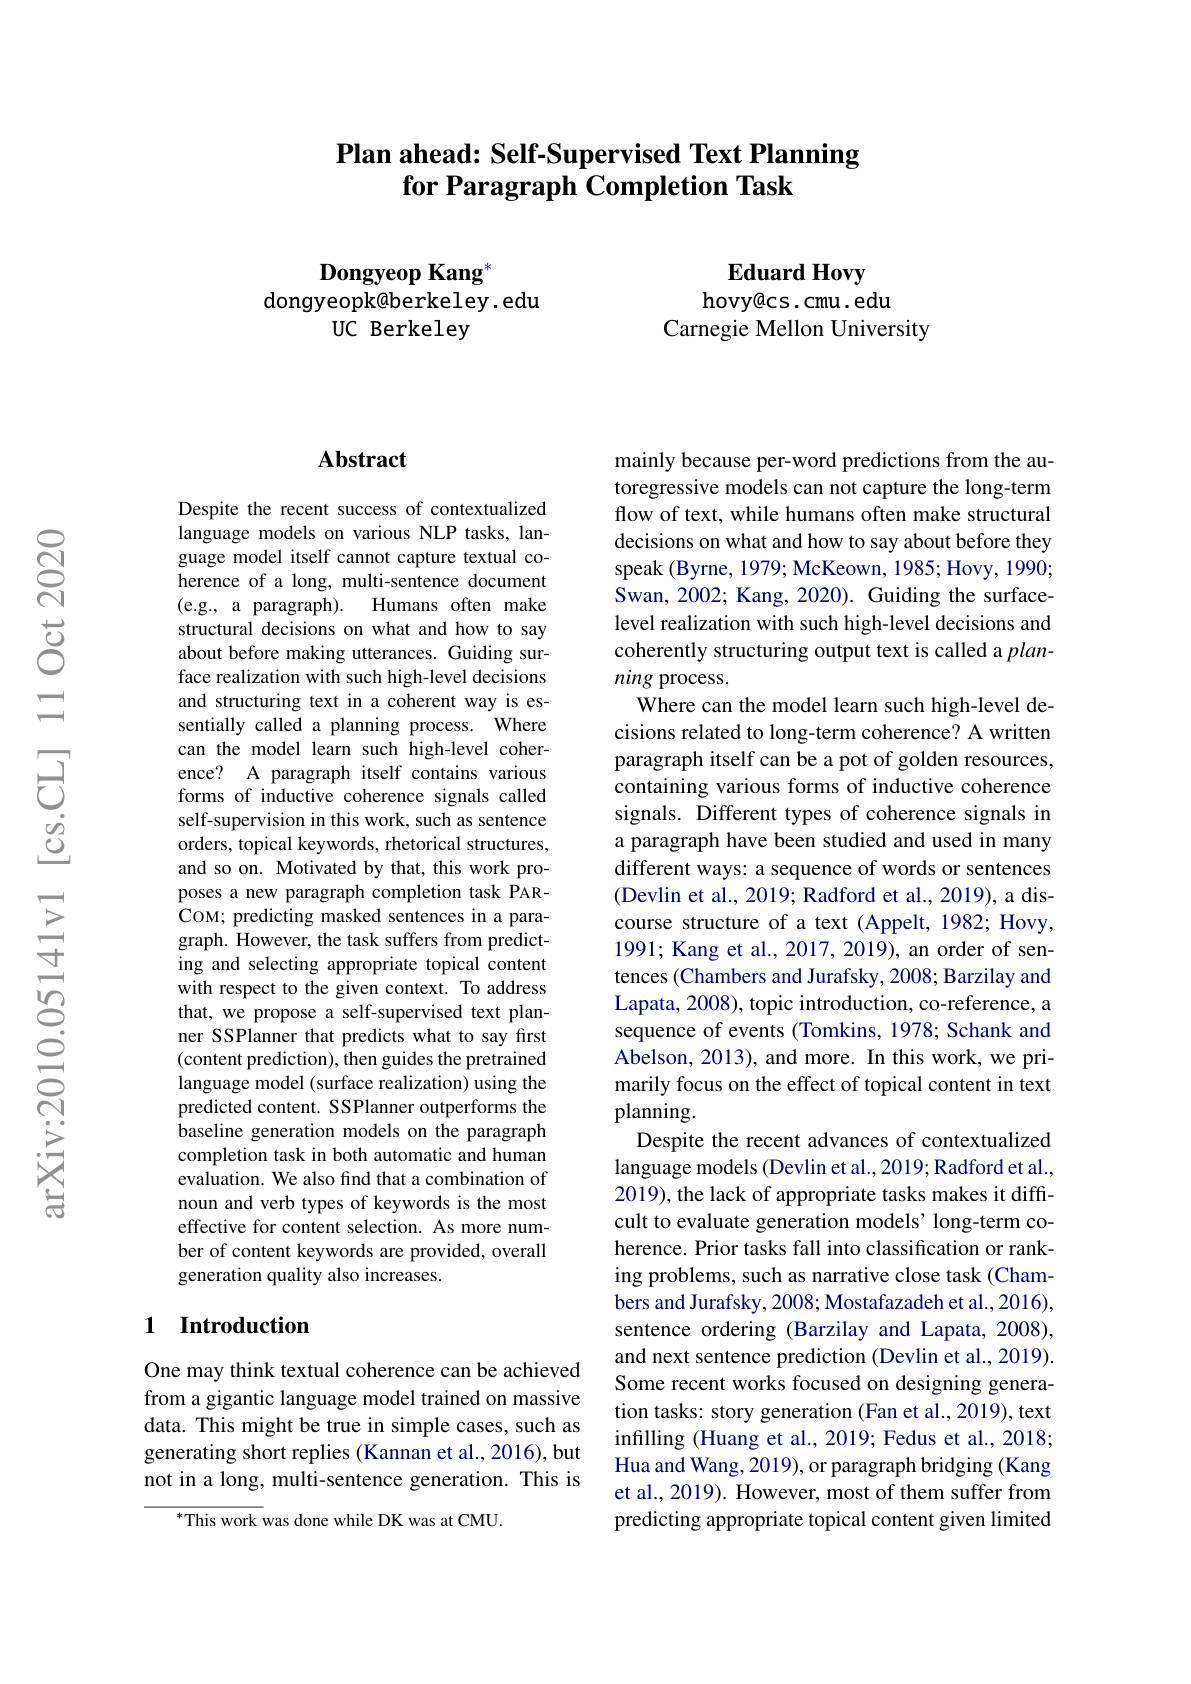
# Plan ahead: Self-Supervised Text Planning for Paragraph Completion Task

Dongyeop Kang$^*$
dongyeopk@berkeley. edu
UC Berkeley

Eduard Hovy
hovy@cs.cmu.edu
Carnegie Mellon University

### $\mathbf{Abstract}$

Despite the recent success of contextualized language models on various NLP tasks, language model itself cannot capture textual coherence of a long, multi-sentence document (e.g., a paragraph). Humans often make structural decisions on what and how to say about before making utterances. Guiding surface realization with such high-level decisions and structuring text in a coherent way is essentially called a planning process. Where can the model learn such high-level coherence? A paragraph itself contains various forms of inductive coherence signals called self-supervision in this work, such as sentence orders, topical keywords, rhetorical structures, and so on. Motivated by that, this work proposes a new paragraph completion task PARCOM; predicting masked sentences in a paragraph. However, the task suffers from predicting and selecting appropriate topical content with respect to the given context. To address that, we propose a self-supervised text planner SSPlanner that predicts what to say first (content prediction), then guides the pretrained language model (surface realization) using the predicted content. SSPlanner outperforms the baseline generation models on the paragraph completion task in both automatic and human evaluation. We also find that a combination of noun and verb types of keywords is the most effective for content selection. As more number of content keywords are provided, overall generation quality also increases.

## 1 Introduction

One may think textual coherence can be achieved from a gigantic language model trained on massive data. This might be true in simple cases, such as generating short replies (Kannan et al., 2016), but not in a long, multi-sentence generation. This is

$^{*}$This work was done while DK was at CMU.

mainly because per-word predictions from the autoregressive models can not capture the long-term flow of text, while humans often make structural decisions on what and how to say about before they speak (Byrne, 1979; McKeown, 1985; Hovy, 1990; Swan, 2002; Kang, 2020). Guiding the surfacelevel realization with such high-level decisions and coherently structuring output text is called a $plan-$ ning process.
Where can the model learn such high-level decisions related to long-term coherence? A written paragraph itself can be a pot of golden resources, containing various forms of inductive coherence signals. Different types of coherence signals in a paragraph have been studied and used in many different ways: a sequence of words or sentences (Devlin et al., 2019; Radford et al., 2019), a discourse structure of a text (Appelt, 1982; Hovy, 1991; Kang et al., 2017, 2019), an order of sentences (Chambers and Jurafsky, 2008; Barzilay and Lapata, 2008), topic introduction, co-reference, a sequence of events (Tomkins, 1978; Schank and Abelson, 2013), and more. In this work, we primarily focus on the effect of topical content in text planning.
Despite the recent advances of contextualized language models (Devlin et al., 2019; Radford et al., 2019), the lack of appropriate tasks makes it difficult to evaluate generation models' long-term coherence. Prior tasks fall into classification or ranking problems, such as narrative close task (Chambers and Jurafsky, 2008; Mostafazadeh et al., 2016), sentence ordering (Barzilay and Lapata, 2008), and next sentence prediction (Devlin et al., 2019). Some recent works focused on designing generation tasks: story generation (Fan et al., 2019), text infilling (Huang et al., 2019; Fedus et al., 2018; Hua and Wang, 2019), or paragraph bridging (Kang et al., 2019). However, most of them suffer from predicting appropriate topical content given limited